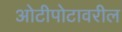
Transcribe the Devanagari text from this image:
ओटीपोटावरील